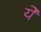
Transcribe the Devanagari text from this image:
येे